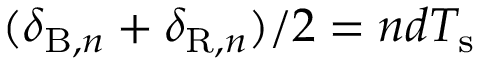
( \delta _ { \mathrm { B } , n } + \delta _ { \mathrm { R } , n } ) / 2 = n d T _ { \mathrm { s } }